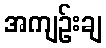
အကျဉ်းချ